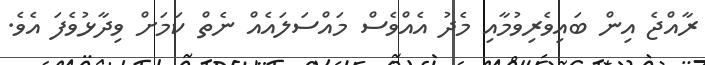
ރާއްޖެ އިން ބައިވެރިވުމާއި މެދު އެއްވެސް މައްސަލައެއް ނެތް ކަމަށް ވިދާޅުވެފަ އެވެ.